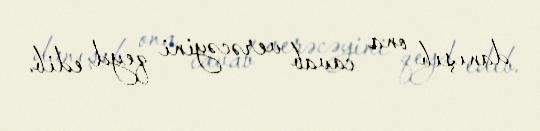
danışıb ona cavab verəcəyini qeyd edib.